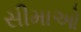
સીમાઓ